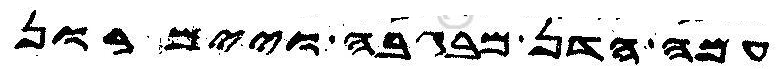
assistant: עמה הדן מבגבה ויימרון